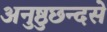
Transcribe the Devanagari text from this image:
अनुष्ठुछन्दसे